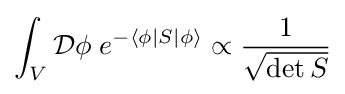
\int _{V}{\mathcal {D}}\phi \;e^{-\langle \phi |S|\phi \rangle }\propto {\frac {1}{\sqrt {\det S}}}